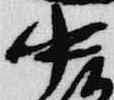
中